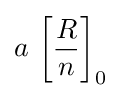
a\,\left[{\frac {R}{n}}\right]_{0}